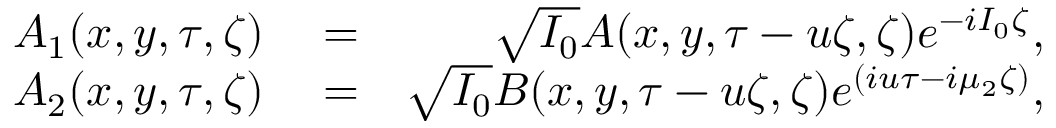
\begin{array} { r l r } { A _ { 1 } ( x , y , \tau , \zeta ) } & { { } = } & { \sqrt { I _ { 0 } } A ( x , y , \tau - u \zeta , \zeta ) e ^ { - i I _ { 0 } \zeta } , } \\ { A _ { 2 } ( x , y , \tau , \zeta ) } & { { } = } & { \sqrt { I _ { 0 } } B ( x , y , \tau - u \zeta , \zeta ) e ^ { ( i u \tau - i \mu _ { 2 } \zeta ) } , } \end{array}